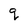
Character: q